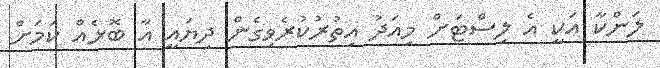
ލަންކާ އަކީ އެ ލިސްޓަށް މިއަދު އިތުރުކުރެވިގެން ދިޔައީ އާ ބޮޅެއް ކަމަށް